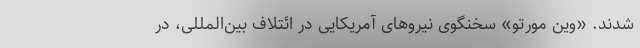
شدند. «وین مورتو» سخنگوی نیروهای آمریکایی در ائتلاف بین‌المللی، در